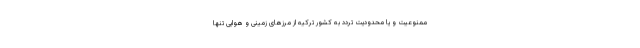
ممنوعیت و یا محدودیت تردد به کشور ترکیه از مرز‌های زمینی و هوایی تنها